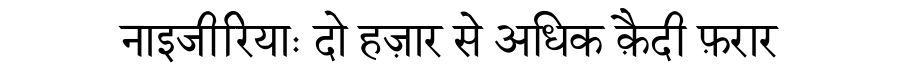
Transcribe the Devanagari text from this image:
नाइजीरियाः दो हज़ार से अधिक क़ैदी फ़रार